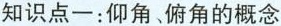
知识点一：仰角、俯角的概念